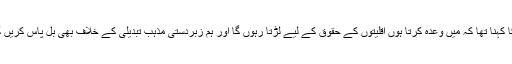
ان کا کہنا تھا کہ میں وعدہ کرتا ہوں اقلیتوں کے حقوق کے لیے لڑتا رہوں گا اور ہم زبردستی مذہب تبدیلی کے خلاف بھی بل پاس کریں گے۔